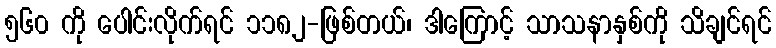
၅၆၀ ကို ပေါင်းလိုက်ရင် ၁၁၈၂-ဖြစ်တယ်၊ ဒါကြောင့် သာသနာနှစ်ကို သိချင်ရင်